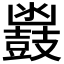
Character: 𮮩